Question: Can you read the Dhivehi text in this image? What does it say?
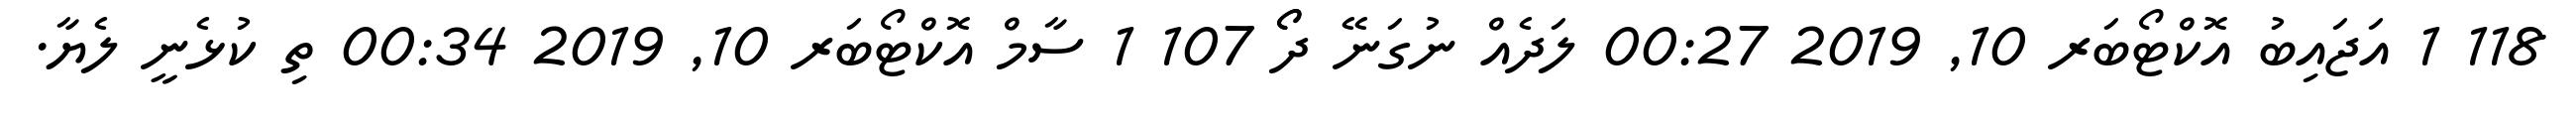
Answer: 118 1 އަޖައިބު އޮކްޓޯބަރ 10, 2019 00:27 ލަދެއް ނުގަނޭ ދޯޯ 107 1 ސާމް އޮކްޓޯބަރ 10, 2019 00:34 ތި ކުޅެނީ ލެޔާ.